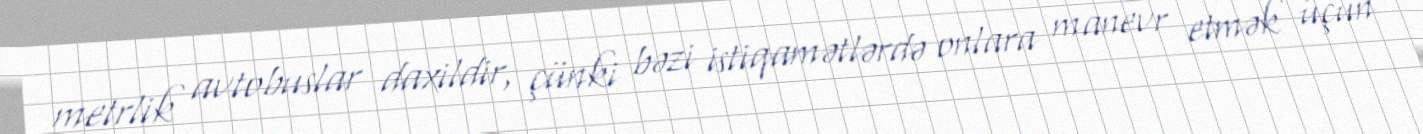
metrlik avtobuslar daxildir, çünki bəzi istiqamətlərdə onlara manevr etmək üçün